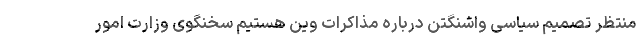
منتظر تصمیم سیاسی واشنگتن درباره مذاکرات وین هستیم سخنگوی وزارت امور